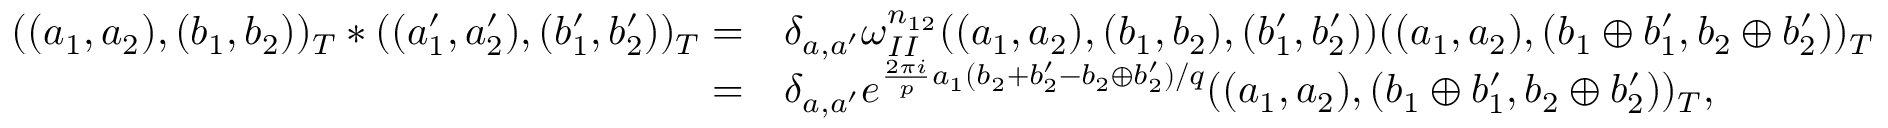
\begin{array} { r l } { ( ( a _ { 1 } , a _ { 2 } ) , ( b _ { 1 } , b _ { 2 } ) ) _ { T } \ast ( ( a _ { 1 } ^ { \prime } , a _ { 2 } ^ { \prime } ) , ( b _ { 1 } ^ { \prime } , b _ { 2 } ^ { \prime } ) ) _ { T } = } & { \delta _ { a , a ^ { \prime } } \omega _ { I I } ^ { n _ { 1 2 } } ( ( a _ { 1 } , a _ { 2 } ) , ( b _ { 1 } , b _ { 2 } ) , ( b _ { 1 } ^ { \prime } , b _ { 2 } ^ { \prime } ) ) ( ( a _ { 1 } , a _ { 2 } ) , ( b _ { 1 } \oplus b _ { 1 } ^ { \prime } , b _ { 2 } \oplus b _ { 2 } ^ { \prime } ) ) _ { T } } \\ { = } & { \delta _ { a , a ^ { \prime } } e ^ { \frac { 2 \pi i } { p } a _ { 1 } ( b _ { 2 } + b _ { 2 } ^ { \prime } - b _ { 2 } \oplus b _ { 2 } ^ { \prime } ) / q } ( ( a _ { 1 } , a _ { 2 } ) , ( b _ { 1 } \oplus b _ { 1 } ^ { \prime } , b _ { 2 } \oplus b _ { 2 } ^ { \prime } ) ) _ { T } , } \end{array}